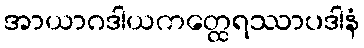
အာယာဂဒါယကတ္ထေရဿာပဒါနံ